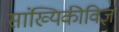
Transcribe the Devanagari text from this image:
सांख्यिकीविज्ञ